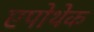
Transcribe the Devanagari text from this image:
एपोथेक